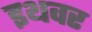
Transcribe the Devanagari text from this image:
इथवर